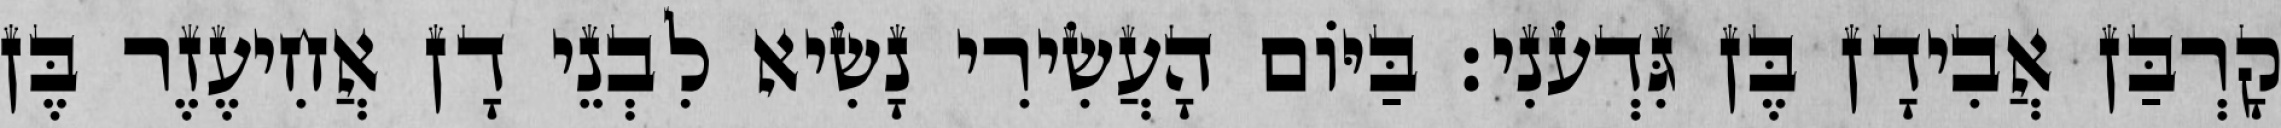
קָרְבַּן אֲבִידָן בֶּן גִּדְעֹנִי׃ בַּיּוֹם הָעֲשִׂירִי נָשִׂיא לִבְנֵי דָן אֲחִיעֶזֶר בֶּן